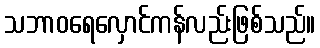
သဘာဝရေလှောင်ကန်လည်းဖြစ်သည်။